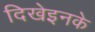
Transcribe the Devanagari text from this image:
दिखेइनके